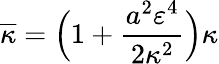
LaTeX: \overline{{\kappa}}=\Bigl(1+\frac{a^{2}\varepsilon^{4}}{2\kappa^{2}}\Bigr)\kappa